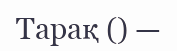
Тарақ () —